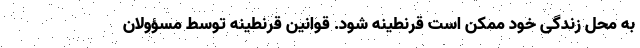
به محل زندگی خود ممکن است قرنطینه شود. قوانین قرنطینه توسط مسؤولان